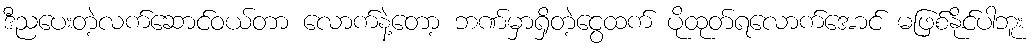
ဒီညပေးတဲ့လက်ဆောင်ဝယ်တာ လောက်နဲ့တော့ ဘဏ်မှာရှိတဲ့ငွေထက် ပိုထုတ်ရလောက်အောင် မဖြစ်နိုင်ပါဘူး